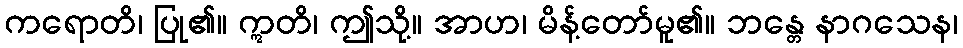
ကရောတိ၊ ပြု၏။ ဣတိ၊ ဤသို့။ အာဟ၊ မိန့်တော်မူ၏။ ဘန္တေ နာဂသေန၊